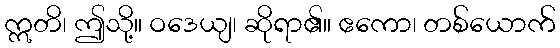
ဣတိ၊ ဤသို့။ ဝဒေယျ၊ ဆိုရာ၏။ ဧကော၊ တစ်ယောက်